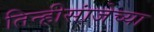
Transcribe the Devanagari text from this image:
तिन्हीसांजेच्या